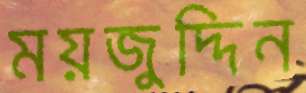
ময়জুদ্দিন